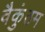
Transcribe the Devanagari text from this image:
वैकुंठम